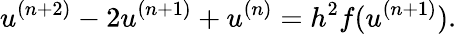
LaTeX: u^{(n+2)}-2u^{(n+1)}+u^{(n)}=h^{2}f(u^{(n+1)}).